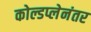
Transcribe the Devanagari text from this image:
कोल्डप्लेनंतर